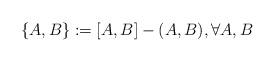
LaTeX: \begin{align*}\{A,B\} := [A,B] - (A,B), \forall A, B\end{align*}